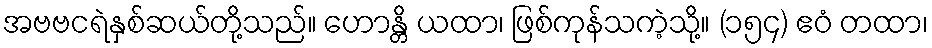
အဗဗငရဲနှစ်ဆယ်တို့သည်။ ဟောန္တိ ယထာ၊ ဖြစ်ကုန်သကဲ့သို့။ (၁၅၄) ဧဝံ တထာ၊